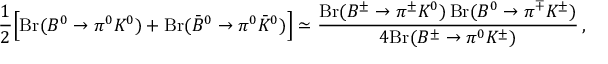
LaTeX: \frac 1 2 \Big [ \mathrm { B r } ( B ^ { 0 } \to \pi ^ { 0 } K ^ { 0 } ) + \mathrm { B r } ( \bar { B } ^ { 0 } \to \pi ^ { 0 } \bar { K } ^ { 0 } ) \Big ] \simeq \frac { \mathrm { B r } ( B ^ { \pm } \to \pi ^ { \pm } K ^ { 0 } ) \, \mathrm { B r } ( B ^ { 0 } \to \pi ^ { \mp } K ^ { \pm } ) } { 4 \mathrm { B r } ( B ^ { \pm } \to \pi ^ { 0 } K ^ { \pm } ) } \, ,